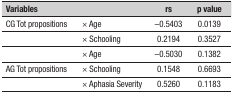
| Variables |  | rs | p value |
 | --- | --- | --- | --- |
 | CG Tot propositions | × Age | –0.5403 | 0.0139 |
 |  | × Schooling | 0.2194 | 0.3527 |
 |  | × Age | –0.5030 | 0.1382 |
 | AG Tot propositions | × Schooling | 0.1548 | 0.6693 |
 |  | × Aphasia Severity | 0.5260 | 0.1183 |